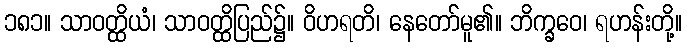
၁၈၁။ သာဝတ္ထိယံ၊ သာဝတ္ထိပြည်၌။ ဝိဟရတိ၊ နေတော်မူ၏။ ဘိက္ခဝေ၊ ရဟန်းတို့။